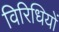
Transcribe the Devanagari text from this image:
विरिधियों